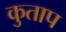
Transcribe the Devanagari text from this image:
कुताप